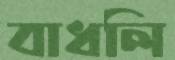
বাধলি